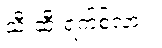
သီးဆီးရက်စ်လား။